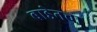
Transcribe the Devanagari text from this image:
बाडेनचा